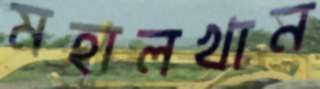
মহালখান